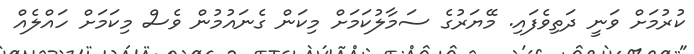
ކުރުމަށް ވަނީ ދަތިވެފައި. މޭޔަރުގެ ސަމާލުކަމަށް މިކަން ގެނައުމުން ވެސް މިކަމަަށް ހައްލެއް